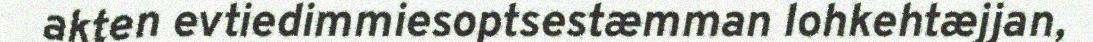
akten evtiedimmiesoptsestæmman lohkehtæjjan,